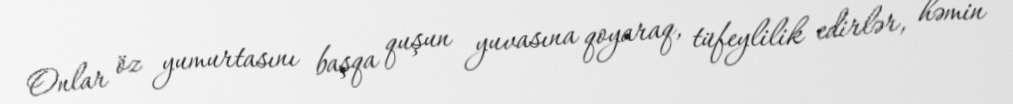
Onlar öz yumurtasını başqa quşun yuvasına qoyaraq, tüfeylilik edirlər, həmin